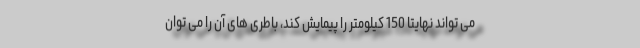
می تواند نهایتا 150 کیلومتر را پیمایش کند، باطری های آن را می توان